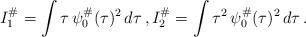
LaTeX: \begin{align*}I_1^\# = \int \tau \, \psi_0^\#(\tau)^2 \, d\tau\, , I_2^\# = \int \tau^2 \, \psi_0^\#(\tau)^2 \, d\tau\, . \end{align*}